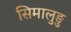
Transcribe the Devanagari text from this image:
सिमालुङु